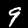
Label: 9